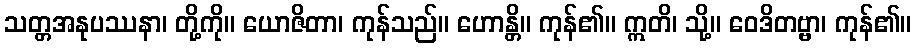
သတ္တအနုပဿနာ၊ တို့ကို။ ယောဇိတာ၊ ကုန်သည်။ ဟောန္တိ။ ကုန်၏။ ဣတိ၊ သို့။ ဝေဒိတဗ္ဗာ၊ ကုန်၏။